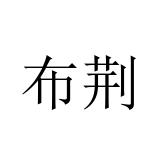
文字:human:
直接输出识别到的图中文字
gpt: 布荆